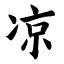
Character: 凉